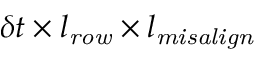
\delta t \times l _ { \mathit { r o w } } \times l _ { \mathit { m i s a l i g n } }